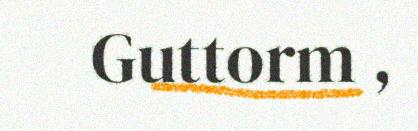
Guttorm ,